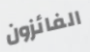
الفائزون